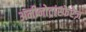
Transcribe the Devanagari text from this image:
अमीनोट्रांस्फेरेज़